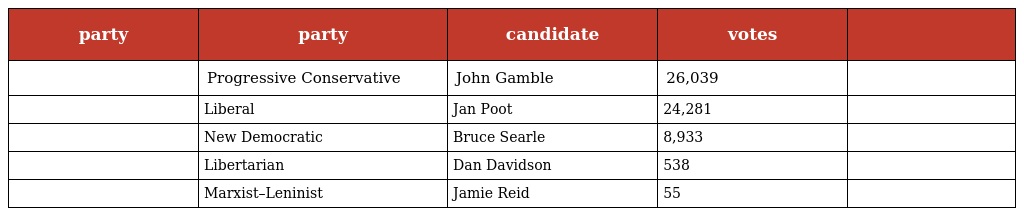
| party | party | candidate | votes |  |
 | --- | --- | --- | --- | --- |
 |  | Progressive Conservative | John Gamble | 26,039 |  |
 |  | Liberal | Jan Poot | 24,281 |  |
 |  | New Democratic | Bruce Searle | 8,933 |  |
 |  | Libertarian | Dan Davidson | 538 |  |
 |  | Marxist–Leninist | Jamie Reid | 55 |  |